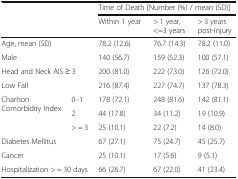
<table><thead><tr><td rowspan="2" colspan="2"></td><td colspan="3"><b>Time of Death [Number (%) / mean (SD)]</b></td></tr><tr><td><b>Within 1 year</b></td><td><b>&gt; 1 year, &lt;=3 years</b></td><td><b>&gt; 3 years post-injury</b></td></tr></thead><tbody><tr><td colspan="2">Age, mean (SD)</td><td>78.2 (12.6)</td><td>76.7 (14.3)</td><td>78.2 (11.0)</td></tr><tr><td colspan="2">Male</td><td>140 (56.7)</td><td>159 (52.3)</td><td>100 (57.1)</td></tr><tr><td colspan="2">Head and Neck AIS ≥ 3</td><td>200 (81.0)</td><td>222 (73.0)</td><td>126 (72.0)</td></tr><tr><td colspan="2">Low Fall</td><td>216 (87.4)</td><td>227 (74.7)</td><td>137 (78.3)</td></tr><tr><td rowspan="3">Charlson Comorbidity Index</td><td>0–1</td><td>178 (72.1)</td><td>248 (81.6)</td><td>142 (81.1)</td></tr><tr><td>2</td><td>44 (17.8)</td><td>34 (11.2)</td><td>19 (10.9)</td></tr><tr><td>&gt; = 3</td><td>25 (10.1)</td><td>22 (7.2)</td><td>14 (8.0)</td></tr><tr><td colspan="2">Diabetes Mellitus</td><td>67 (27.1)</td><td>75 (24.7)</td><td>45 (25.7)</td></tr><tr><td colspan="2">Cancer</td><td>25 (10.1)</td><td>17 (5.6)</td><td>9 (5.1)</td></tr><tr><td colspan="2">Hospitalization &gt; = 30 days</td><td>66 (26.7)</td><td>67 (22.0)</td><td>41 (23.4)</td></tr></tbody></table>